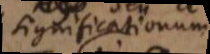
significationum